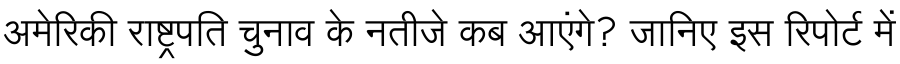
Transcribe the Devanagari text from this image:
अमेरिकी राष्ट्रपति चुनाव के नतीजे कब आएंगे? जानिए इस रिपोर्ट में